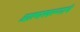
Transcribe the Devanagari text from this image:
आत्मस्वरूपाचे